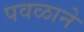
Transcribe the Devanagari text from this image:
पवळाने